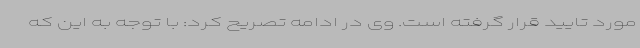
مورد تایید قرار گرفته است. وی در ادامه تصریح کرد: با توجه به این که